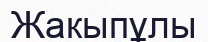
Жакыпұлы